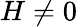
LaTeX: H\neq 0